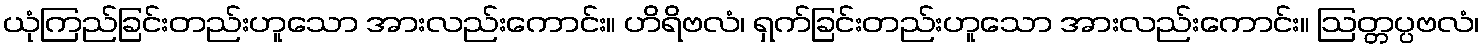
ယုံကြည်ခြင်းတည်းဟူသော အားလည်းကောင်း။ ဟိရိဗလံ၊ ရှက်ခြင်းတည်းဟူသော အားလည်းကောင်း။ ဩတ္တပ္ပဗလံ၊